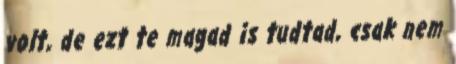
volt, de ezt te magad is tudtad, csak nem